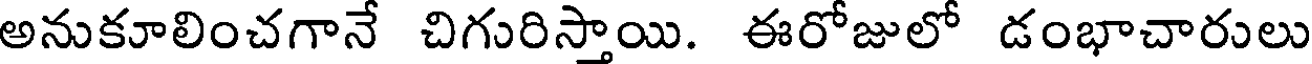
అనుకూలించగానే చిగురిస్తాయి. ఈరోజులో డంభాచారులు